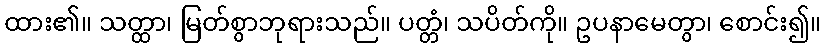
ထား၏။ သတ္ထာ၊ မြတ်စွာဘုရားသည်။ ပတ္တံ၊ သပိတ်ကို။ ဥပနာမေတွာ၊ စောင်း၍။